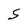
Character: S